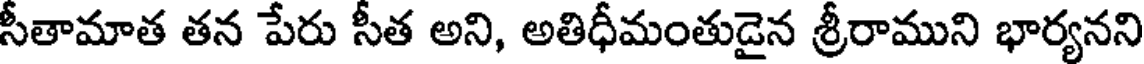
సీతామాత తన పేరు సీత అని, అతిధీమంతుడైన శ్రీరాముని భార్యనని